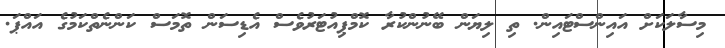
މިސާލަކަށް އައިންސްޓައިން. ތި ލިޔަން ބޭނުންކުރާ ކޮމްޕިއުޓަރުވެސް އެޑިސަން ތޮމަސް ކަންނެތްކަމުގެ އައްޕަ.